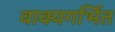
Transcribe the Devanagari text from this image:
वाक्यगर्भित